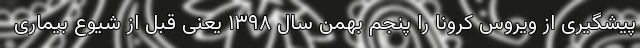
پیشگیری از ویروس کرونا را پنجم بهمن سال ۱۳۹۸ یعنی قبل از شیوع بیماری